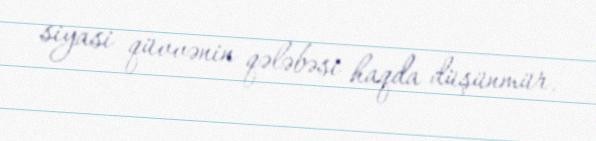
siyasi qüvvənin qələbəsi haqda düşünmür.